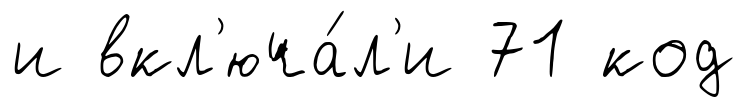
и вкл'юча́л'и 71 код